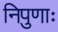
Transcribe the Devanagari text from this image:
निपुणाः